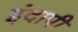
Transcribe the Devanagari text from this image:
इंदापी